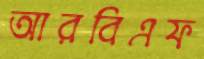
আরবিএফ